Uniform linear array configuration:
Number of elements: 8
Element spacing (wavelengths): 0.25
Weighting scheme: hamming
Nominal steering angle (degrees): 15
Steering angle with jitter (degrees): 16.82
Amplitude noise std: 0.05
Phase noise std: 0.05

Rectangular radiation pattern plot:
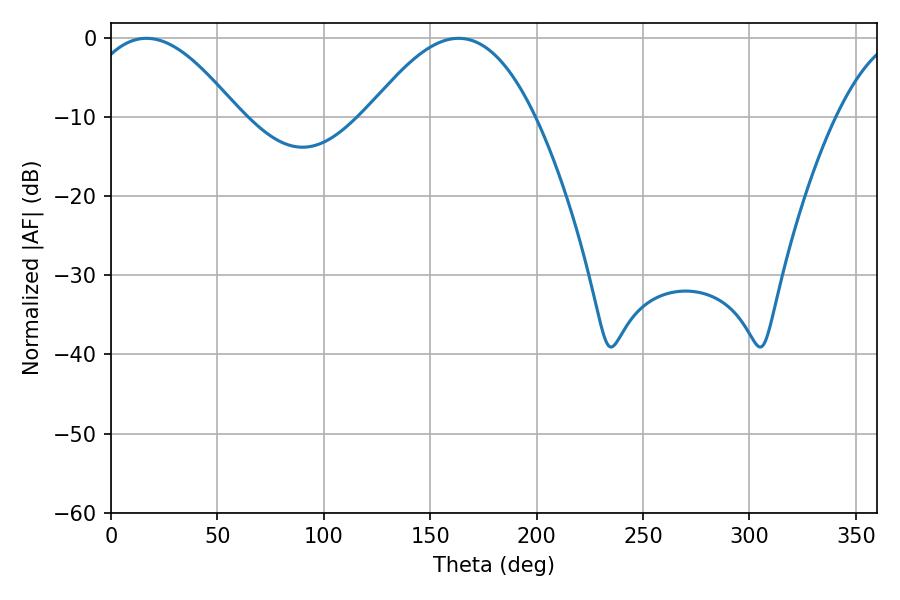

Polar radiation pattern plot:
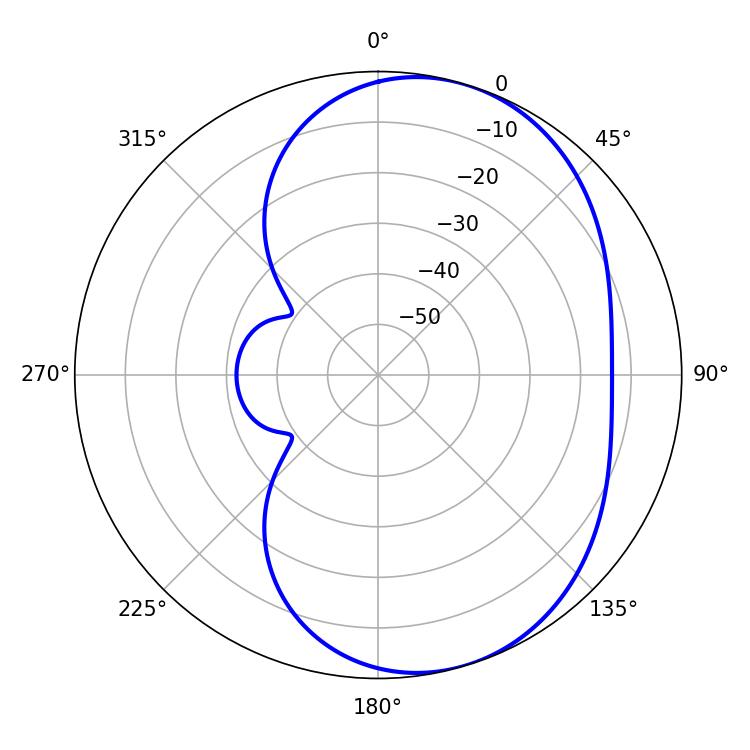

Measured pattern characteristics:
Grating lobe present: FALSE
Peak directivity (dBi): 5.671
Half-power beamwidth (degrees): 39.24
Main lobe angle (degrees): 16.74